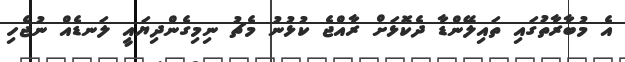
އެ މުބާރާތުގައި ތައިލޭންޑާ ދެކޮޅަށް ރާއްޖެ ކުޅުނު މެޗު ނިމިގެންދިޔައީ ލަނޑެއް ނުޖެހި